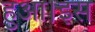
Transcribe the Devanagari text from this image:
हुआ।इस